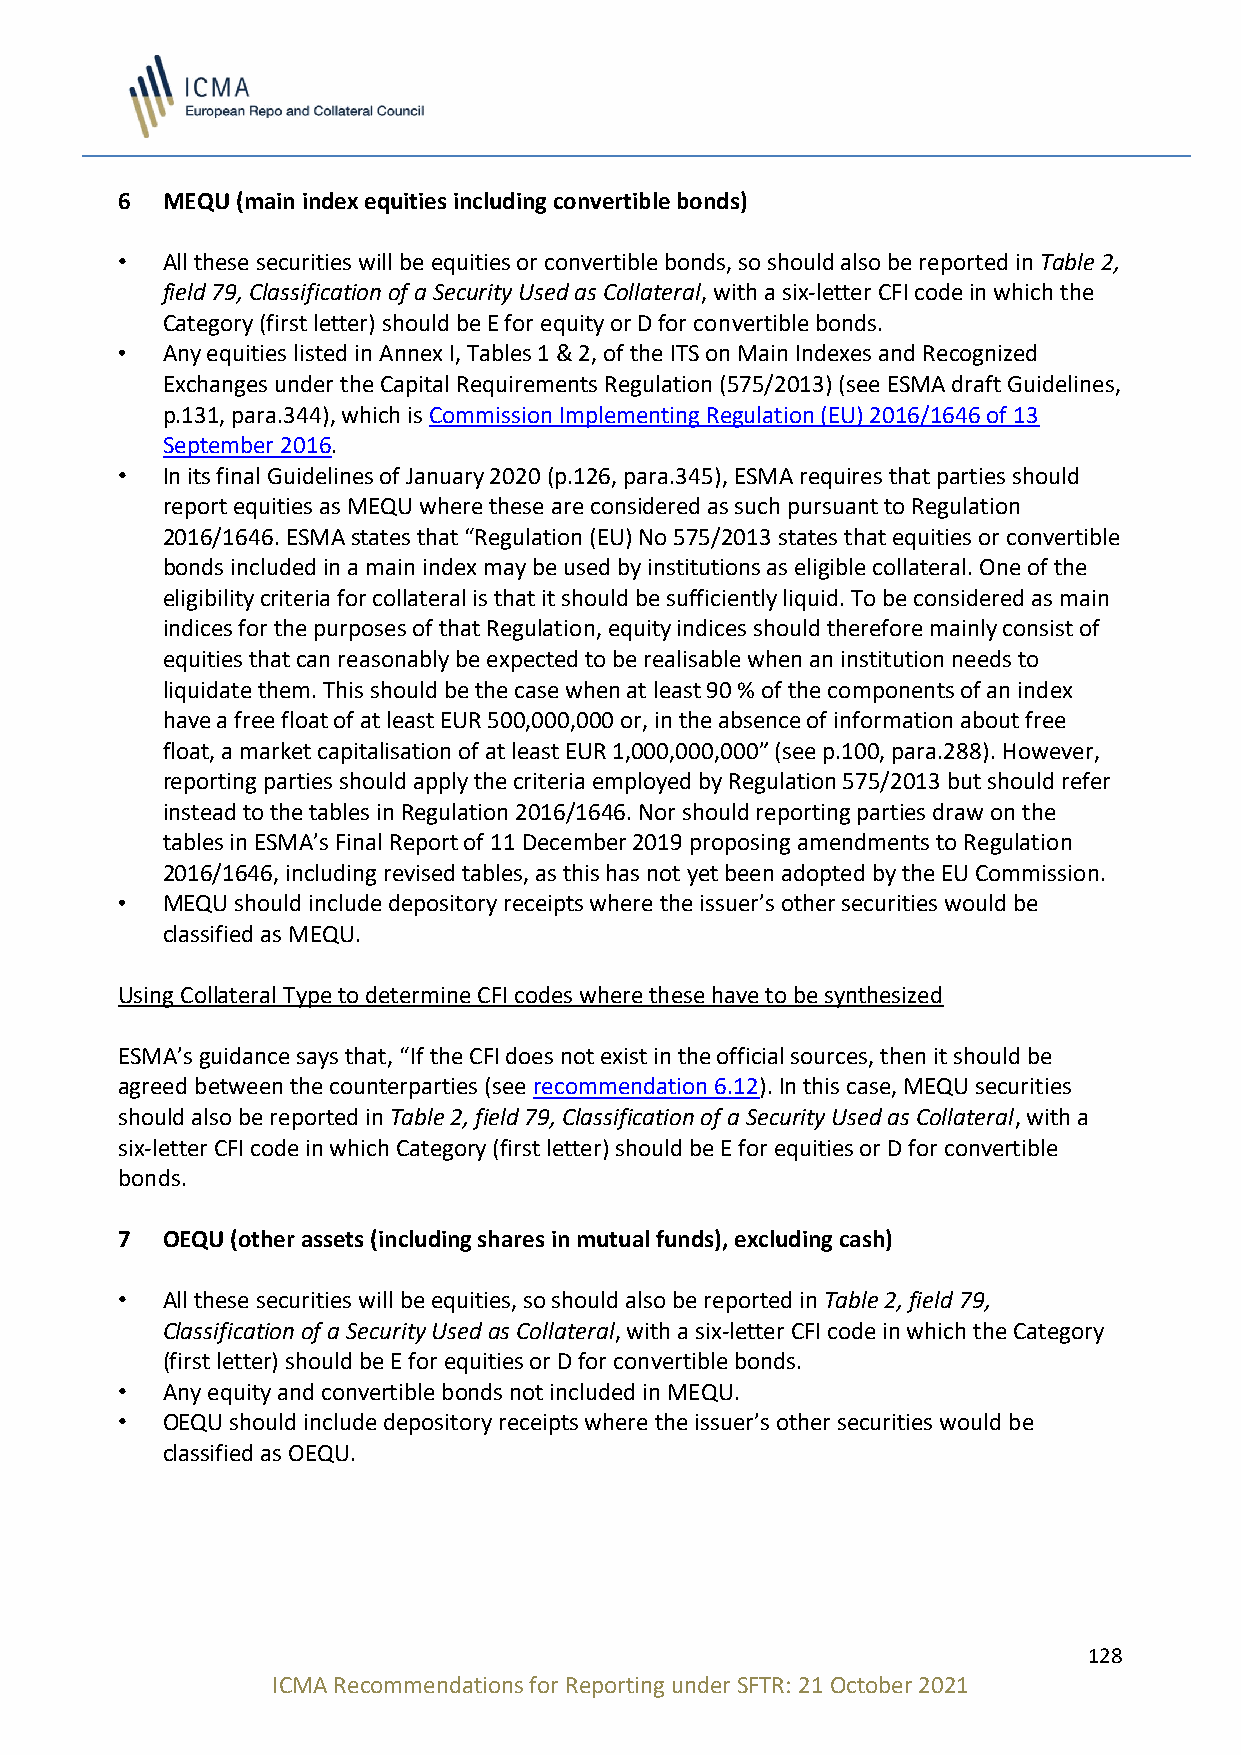
6  MEQU (main index equities including convertible bonds)
 •  All these securities will be equities or convertible bonds, so should also be reported in Table 2,
 field 79, Classification of a Security Used as Collateral, with a six-letter CFI code in which the
 Category (first letter) should be E for equity or D for convertible bonds.
 •  Any equities listed in Annex I, Tables 1 & 2, of the ITS on Main Indexes and Recognized
 Exchanges under the Capital Requirements Regulation (575/2013) (see ESMA draft Guidelines,
 p.131, para.344), which is Commission Implementing Regulation (EU) 2016/1646 of 13
 September 2016.
 •  In its final Guidelines of January 2020 (p.126, para.345), ESMA requires that parties should
 report equities as MEQU where these are considered as such pursuant to Regulation
 2016/1646. ESMA states that “Regulation (EU) No 575/2013 states that equities or convertible
 bonds included in a main index may be used by institutions as eligible collateral. One of the
 eligibility criteria for collateral is that it should be sufficiently liquid. To be considered as main
 indices for the purposes of that Regulation, equity indices should therefore mainly consist of
 equities that can reasonably be expected to be realisable when an institution needs to
 liquidate them. This should be the case when at least 90 % of the components of an index
 have a free float of at least EUR 500,000,000 or, in the absence of information about free
 float, a market capitalisation of at least EUR 1,000,000,000” (see p.100, para.288). However,
 reporting parties should apply the criteria employed by Regulation 575/2013 but should refer
 instead to the tables in Regulation 2016/1646. Nor should reporting parties draw on the
 tables in ESMA’s Final Report of 11 December 2019 proposing amendments to Regulation
 2016/1646, including revised tables, as this has not yet been adopted by the EU Commission.
 •  MEQU should include depository receipts where the issuer’s other securities would be
 classified as MEQU.
 Using Collateral Type to determine CFI codes where these have to be synthesized
 ESMA’s guidance says that, “If the CFI does not exist in the official sources, then it should be
 agreed between the counterparties (see recommendation 6.12). In this case, MEQU securities
 should also be reported in Table 2, field 79, Classification of a Security Used as Collateral, with a
 six-letter CFI code in which Category (first letter) should be E for equities or D for convertible
 bonds.
 7  OEQU (other assets (including shares in mutual funds), excluding cash)
 •  All these securities will be equities, so should also be reported in Table 2, field 79,
 Classification of a Security Used as Collateral, with a six-letter CFI code in which the Category
 (first letter) should be E for equities or D for convertible bonds.
 •  Any equity and convertible bonds not included in MEQU.
 •  OEQU should include depository receipts where the issuer’s other securities would be
 classified as OEQU.
 128
 ICMA Recommendations for Reporting under SFTR: 21 October 2021